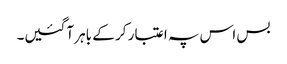
بس اس پہ اعتبار کر کے باہر آگئیں۔